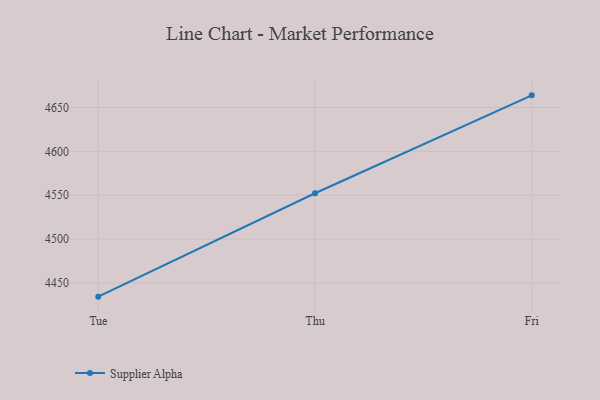
{"axis": {"x": "Day", "y": "Conversion Rate (%)"}, "legend": ["Supplier Alpha"], "data": [{"x": "Tue", "y": 4434.5, "type": "Supplier Alpha"}, {"x": "Thu", "y": 4552.3, "type": "Supplier Alpha"}, {"x": "Fri", "y": 4663.8, "type": "Supplier Alpha"}]}